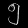
Digit: ၅